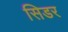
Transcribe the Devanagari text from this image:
सिडर